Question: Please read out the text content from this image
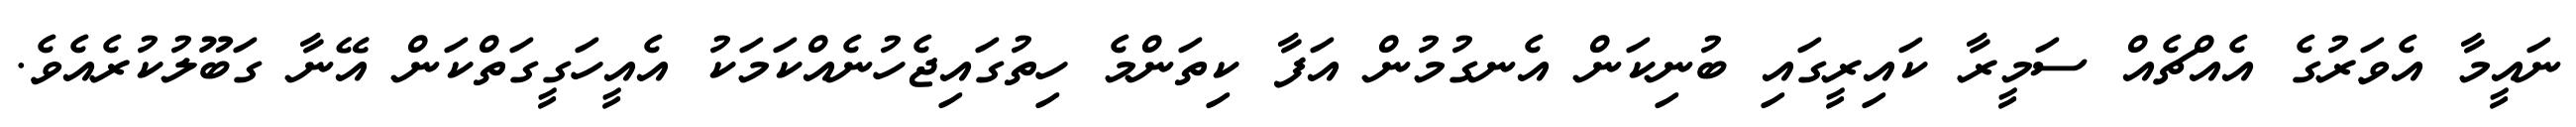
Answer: ނައީމާ އެވަރުގެ އެއްޗެއް ސަމީރާ ކައިރީގައި ބުނިކަން އެނގުމުން އަފާ ކިތަންމެ ހިތުގައިޖެހުނެއްކަމަކު އެއީހަގީގަތްކަން އޭނާ ގަބޫލުކުރެއެވެ.